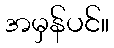
အမှန်ပင်။